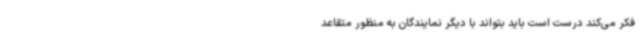
فکر می‌کند درست است باید بتواند با دیگر نمایندگان به منظور متقاعد